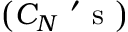
\left( C _ { N } \mathrm { ~ ' ~ s ~ } \right)